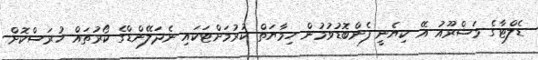
ޑެލްޓާގެ މަޝްރޫއު އޭ ކިޔެނީ ފެންބޮޑުވުމުން ހިމާޔަތް ކުރުމަށްޓަކައި ނެދަލޭންޑްގެ ކޯރުތައް ހުރަސްކޮށް